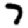
Digit: 7